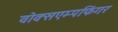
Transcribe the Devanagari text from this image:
वोक्सएम्पफिंगर